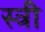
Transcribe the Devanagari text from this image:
स्त्री